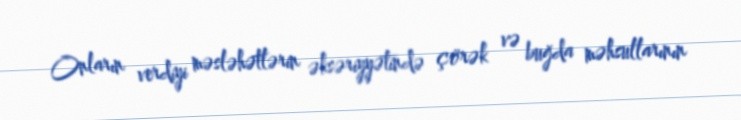
Onların verdiyi məsləhətlərin əksəriyyətində çörək və buğda məhsullarının